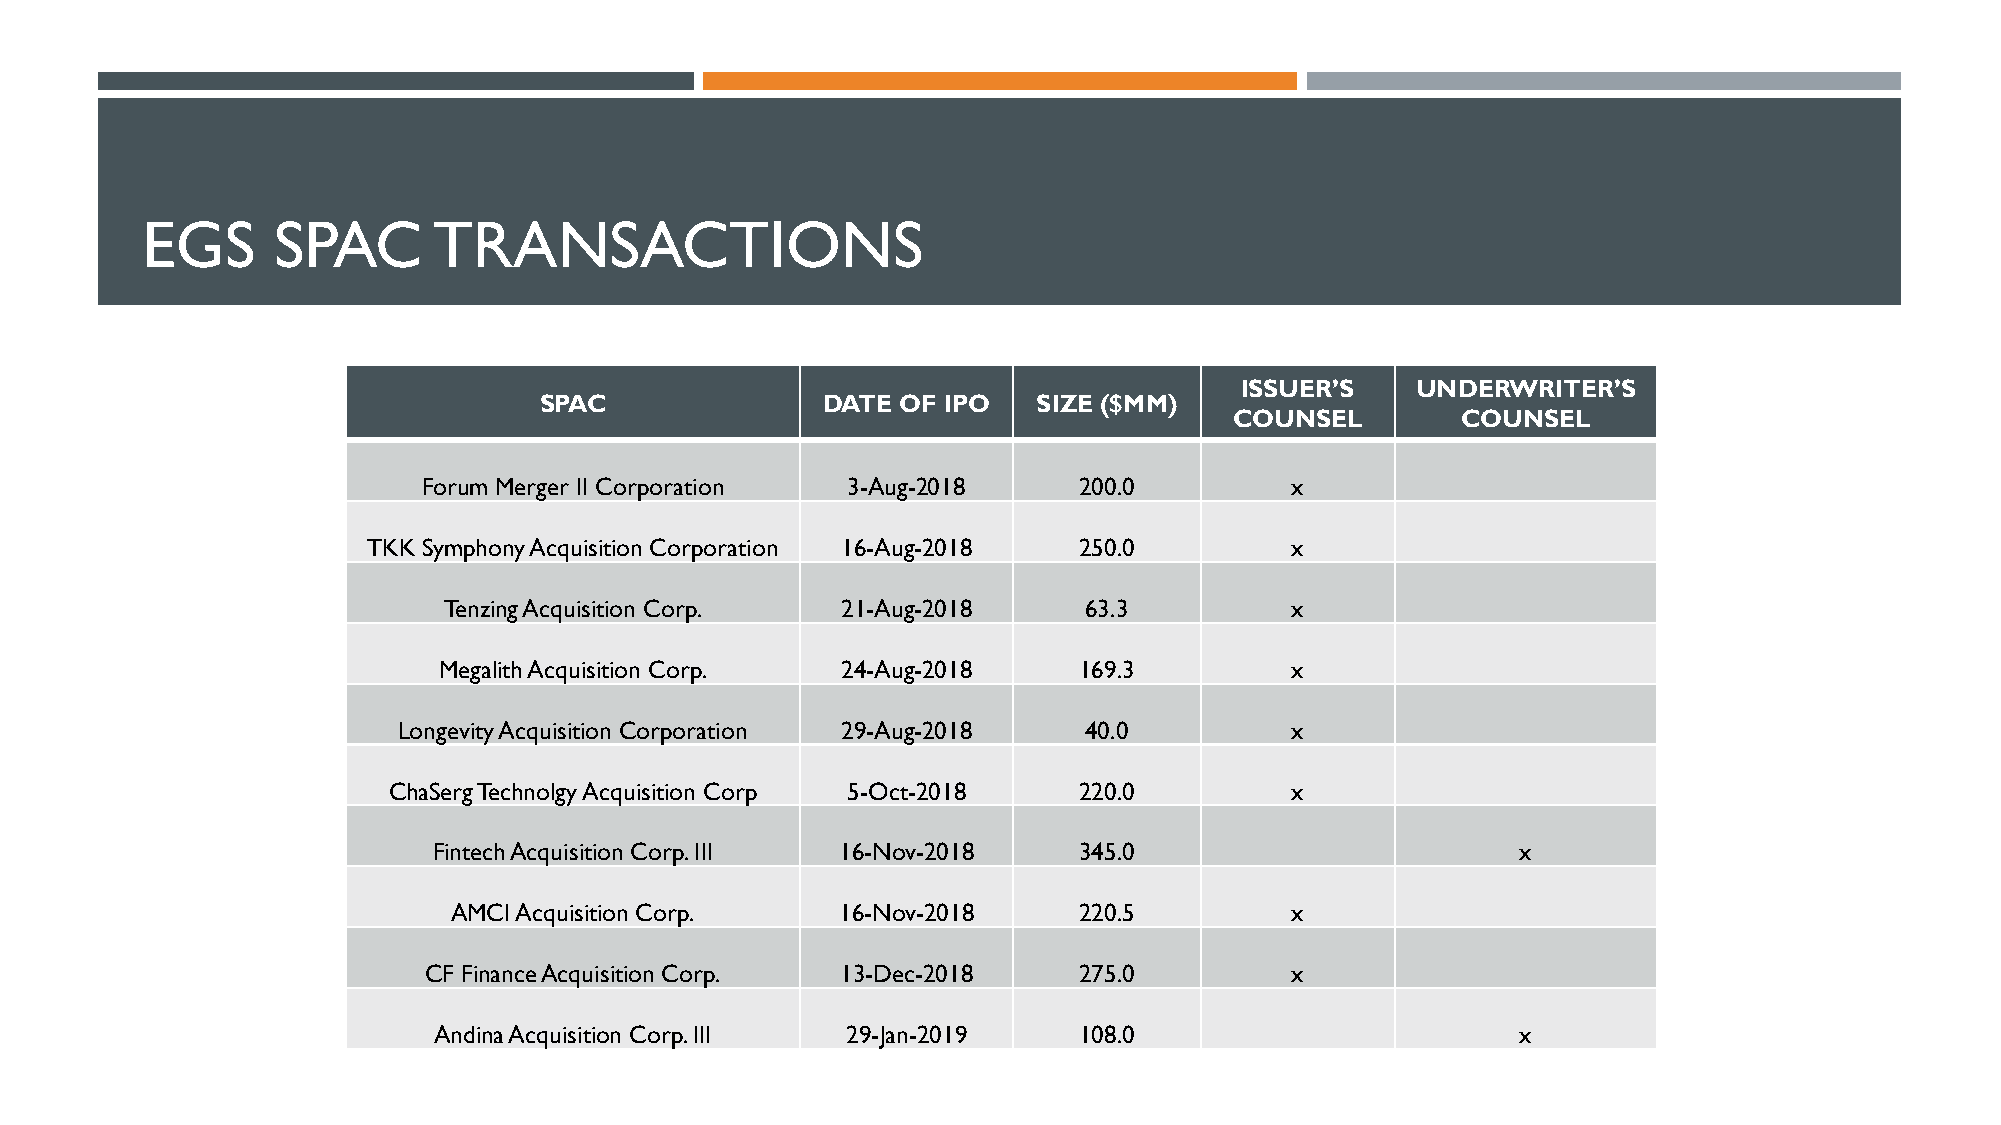
EGS      SPAC       TRANSACTIONS
 ISSUER’S    UNDERWRITER’S
 SPAC              DATE  OF IPO   SIZE ($MM)
 COUNSEL        COUNSEL
 Forum Merger II Corporation 3-Aug-2018     200.0         x
 TKK Symphony Acquisition Corporation 16-Aug-2018 250.0       x
 Tenzing Acquisition Corp.  21-Aug-2018     63.3         x
 Megalith Acquisition Corp. 24-Aug-2018    169.3         x
 Longevity Acquisition Corporation 29-Aug-2018 40.0         x
 ChaSerg Technolgy Acquisition Corp 5-Oct-2018 220.0        x
 Fintech Acquisition Corp. III 16-Nov-2018 345.0                         x
 AMCI Acquisition Corp.    16-Nov-2018    220.5         x
 CF Finance Acquisition Corp. 13-Dec-2018   275.0         x
 Andina Acquisition Corp. III 29-Jan-2019  108.0                         x